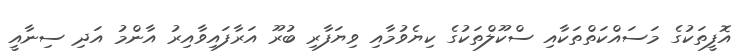
އޮފީތަކުގެ މަސައްކަތްތަކާއި ސްކޫލްތަކުގެ ކިޔެވުމާއި ވިޔަފާރި ބުރޫ އަރާފައިވާއިރު އާންމު އަދި ސިނާއީ